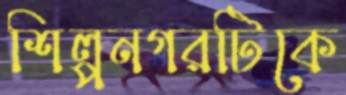
শিল্পনগরটিকে